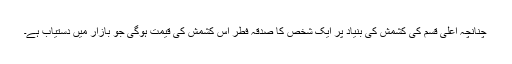
چنانچہ اعلیٰ قسم کی کشمش کی بنیاد پر ایک شخص کا صدقہ فطر اس کشمش کی قیمت ہوگی جو بازار میں دستیاب ہے۔